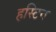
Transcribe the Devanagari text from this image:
हस्टिन